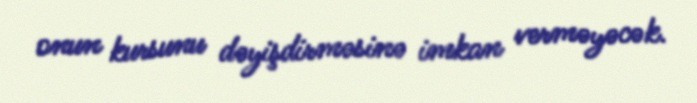
onun kursunu dəyişdirməsinə imkan verməyəcək.